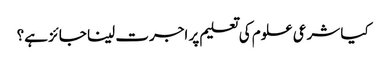
کیا شرعی علوم کی تعلیم پر اجرت لینا جائز ہے؟